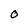
Character: O